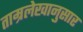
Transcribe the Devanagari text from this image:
ताम्रलेखानुसार